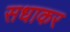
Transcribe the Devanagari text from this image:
सधाकर